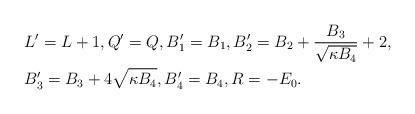
LaTeX: \begin{align*} &L'=L+1, Q'=Q, B'_1=B_1, B'_2= B_2 + \frac{B_3}{\sqrt{\kappa B_4}} + 2, \\ &B'_3 = B_3 + 4 \sqrt{\kappa B_4}, B'_4 = B_4, R = - E_0.\end{align*}